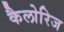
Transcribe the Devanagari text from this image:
कैलोरिज